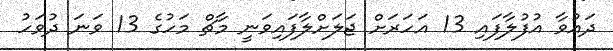
ދައުވާ އުފުލާފައި 13 އަހަރަށް ޖަލަށްލާފައިވަނީ މާޗް މަހުގެ 13 ވަނަ ދުވަހު